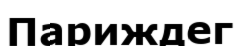
Париждег